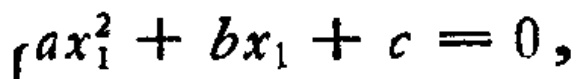
\(ax_{1}^{2}+bx_{1}+c = 0,\)